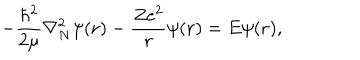
- \frac { \hbar ^ { 2 } } { 2 \mu } \nabla _ { N } ^ { 2 } \psi ( { \bf r } ) - \frac { Z e ^ { 2 } } { r } \psi ( { \bf r } ) = E \psi ( { \bf r } ) ,